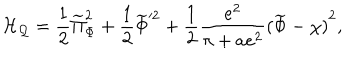
{ \cal H _ { Q } } = { \frac { 1 } { 2 } } \widetilde \Pi _ { \Phi } ^ { 2 } + { \frac { 1 } { 2 } } \widetilde \Phi ^ { 2 } + { \frac { 1 } { 2 } } { \frac { e ^ { 2 } } { \pi + a e ^ { 2 } } } { ( \widetilde \Phi - \chi ) } ^ { 2 } ,